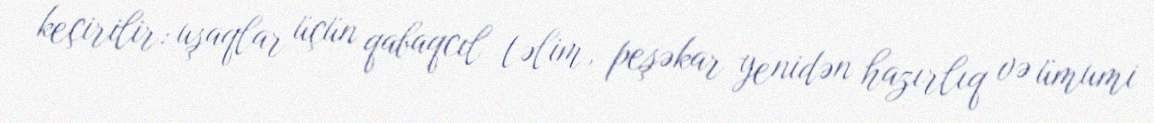
keçirilir: uşaqlar üçün qabaqcıl təlim, peşəkar yenidən hazırlıq və ümumi